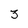
Character: 3